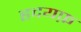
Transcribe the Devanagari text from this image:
हृदयफ़